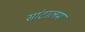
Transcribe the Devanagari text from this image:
सांटालम